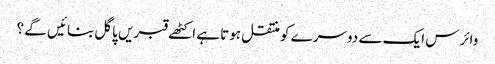
وائرس ایک سے دوسرے کو منتقل ہوتا ہے اکٹھے قبریں پاگل بنائیں گے ؟